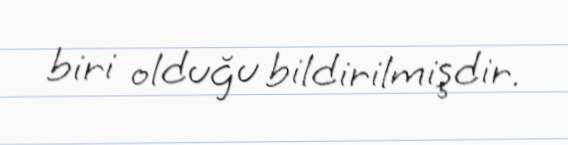
biri olduğu bildirilmişdir.